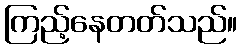
ကြည့်နေတတ်သည်။